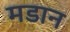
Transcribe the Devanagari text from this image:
मडान